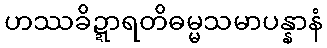
ဟဿခိဍ္ဍာရတိဓမ္မသမာပန္နာနံ